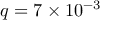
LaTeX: q = 7 \times 1 0 ^ { - 3 }